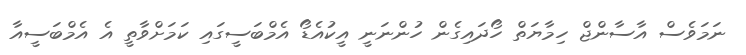
ނަމަވެސް އާސާންޖް ހިމާޔަތް ހޯދައިގެން ހުންނަނީ އީކުއެޑޯ އެމްބަސީގައި ކަމަށްވާތީ އެ އެމްބަސީއާ